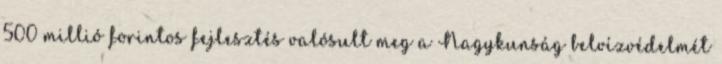
500 millió forintos fejlesztés valósult meg a Nagykunság belvízvédelmét